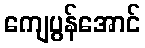
ကျေပွန်အောင်